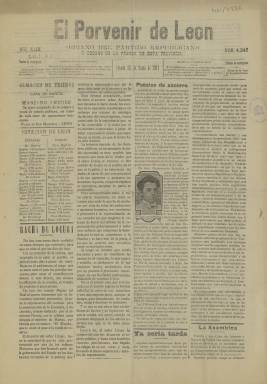
Título: El Porvenir de León
Colección: Periódicos
Ámbito geográfico: León
Lugar de publicación: León
Fechas: 25/03/1911-25/03/1911